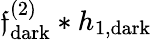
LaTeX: \mathfrak{f}_{\mathrm{{dark}}}^{(2)}*h_{1,\mathrm{{dark}}}